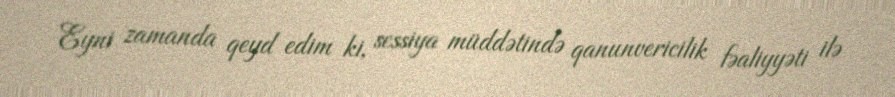
Eyni zamanda qeyd edim ki, sessiya müddətində qanunvericilik fəaliyyəti ilə